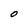
Character: O